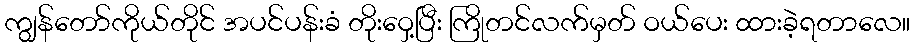
ကျွန်တော်ကိုယ်တိုင် အပင်ပန်းခံ တိုးဝှေ့ပြီး ကြိုတင်လက်မှတ် ဝယ်ပေး ထားခဲ့ရတာလေ။